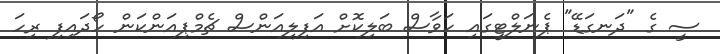
ސީ ގެ "ދަނގަޑޭ" ޕެނަލްޓީގައި ހަވާސް ބަލިކޮށް އަފިލިއަންސް ޗެމްޕިއަންކަން ހޯދައިފި ރިހަ